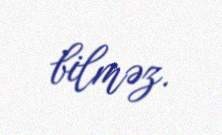
bilməz.